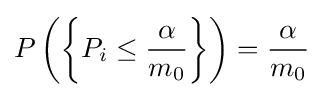
P\left(\left\{P_{i}\leq {\frac {\alpha }{m_{0}}}\right\}\right)={\frac {\alpha }{m_{0}}}